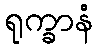
ရုက္ခာနံ